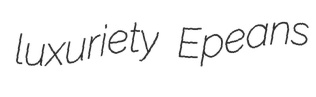
luxuriety Epeans